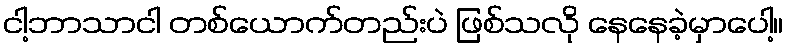
ငါ့ဘာသာငါ တစ်ယောက်တည်းပဲ ဖြစ်သလို နေနေခဲ့မှာပေါ့။